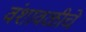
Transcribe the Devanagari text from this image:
वंशावळीचे